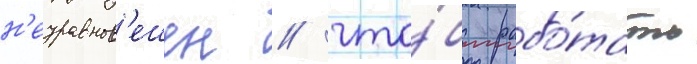
н'еуравнов'ешен / что́бы рабо́тать